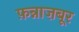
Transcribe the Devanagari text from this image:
फ़न्नाज़बूर